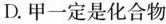
D.甲一定是化合物